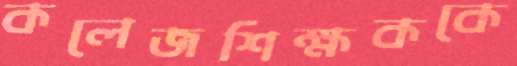
কলেজশিক্ষককে